Civil Veterinary Department Bihar reports 1936-40 - 1936-1940
Year: 1936
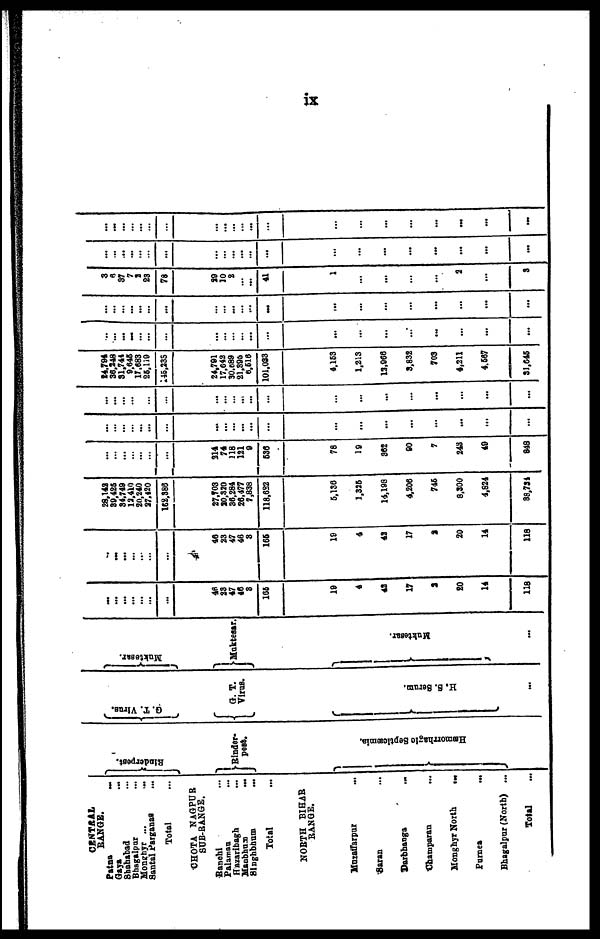
ix
CENTRAL
RANGE.
Patna
...
Gaya ...
Shahabad ...
Bhagalpur ...
Monghyr ...
Santal Parganas ...
Total ...
CHOTA NAGPUR
SUB-RANGE.
Ranchi ...
Palaman ...
Hazaribagh ...
Maubhum ...
Singhbhum
...
Total ...
NORTH BIHAR
RANGE.
Muzaffarpur ...
Saran ...
Darbhanga
...
Champara ...
Monghyr North ...
Purnea ...
Bhagalpur (North) ...
Total ...
Rinderpest.
Rinder-
pest.
Hæmorrhagic Septicæmia.
G.
T. Virus.
G. T.
Virus.
H. S. Serum.
...
Muktesar.
Muktesar.
Muktesar.
...
...
...
...
...
...
...
...
46
28
47
40
8
105
19
4
48
17
1
20
14
118
...
...
...
...
...
...
...
40
23
47
46
3
165
19
4
42
17
2
20
14
118
28,142
80,425
84,749
12,410
20,240
27,420
152,386
27,703
20,320
36,284
26,477
7,838
118,622
5,186
1,325
14,198
4,206
745
8,300
4,824
88,734
...
...
...
...
...
...
...
214
74
218
121
9
536
78
19
362
90
7
248
49
848
...
...
...
...
...
...
...
...
...
...
...
...
...
...
...
...
...
...
...
...
...
...
...
...
...
...
...
...
...
...
...
...
...
...
...
...
...
...
...
...
...
...
...
...
...
24,794
36,248
81,744
9,645
17,683
25,119
45,235
24,791
24,791
17,642
30,689
21,395
6,516
101,033
4,153
1,213
13,966
8,832
703
4,211
4,567
31,645
...
...
...
...
...
...
...
...
...
...
...
...
...
...
...
...
...
...
...
...
...
...
...
...
...
...
...
...
...
...
...
...
...
...
...
...
...
...
...
...
...
...
...
...
...
...
3
6
37
7
2
23
78
29
10
2
...
...
41
1
...
...
...
...
2
...
...
...
...
...
...
...
...
...
...
...
...
...
...
...
...
...
...
...
...
...
...
...
...
...
...
...
...
...
...
...
...
...
...
...
...
...
...
...
...
...
...
...
...